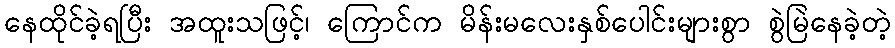
နေထိုင်ခဲ့ရပြီး အထူးသဖြင့်၊ ကြောင်က မိန်းမလေးနှစ်ပေါင်းများစွာ စွဲမြဲနေခဲ့တဲ့